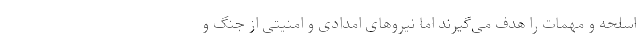
اسلحه و مهمات را هدف می‌گیرند اما نیروهای امدادی و امنیتی از جنگ و